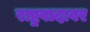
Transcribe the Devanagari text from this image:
राष्ट्रवादावर